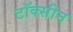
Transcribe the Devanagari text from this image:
टॉक्सीन